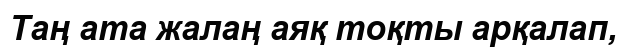
Таң ата жалаң аяқ тоқты арқалап,